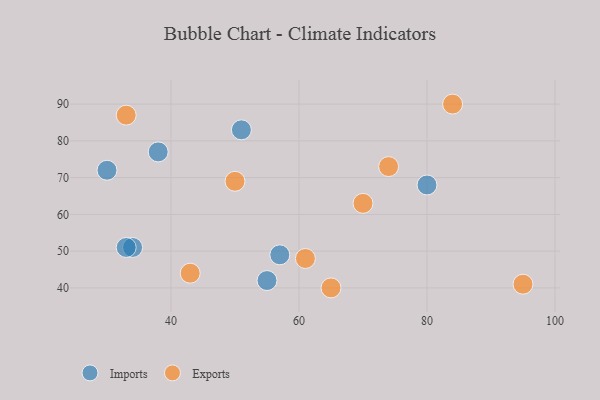
{"axis": {"x": "GDP", "y": "Life Expectancy"}, "legend": ["Exports", "Imports"], "data": [{"x": "34", "y": 51, "type": "Imports"}, {"x": "38", "y": 77, "type": "Imports"}, {"x": "51", "y": 83, "type": "Imports"}, {"x": "80", "y": 68, "type": "Imports"}, {"x": "57", "y": 49, "type": "Imports"}, {"x": "30", "y": 72, "type": "Imports"}, {"x": "55", "y": 42, "type": "Imports"}, {"x": "33", "y": 51, "type": "Imports"}, {"x": "74", "y": 73, "type": "Exports"}, {"x": "61", "y": 48, "type": "Exports"}, {"x": "84", "y": 90, "type": "Exports"}, {"x": "65", "y": 40, "type": "Exports"}, {"x": "43", "y": 44, "type": "Exports"}, {"x": "70", "y": 63, "type": "Exports"}, {"x": "50", "y": 69, "type": "Exports"}, {"x": "95", "y": 41, "type": "Exports"}, {"x": "33", "y": 87, "type": "Exports"}]}